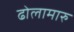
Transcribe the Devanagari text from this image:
ढोलामारु